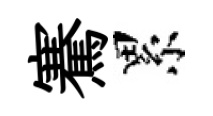
騫累